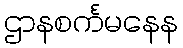
ဌာနစင်္ကမနေန